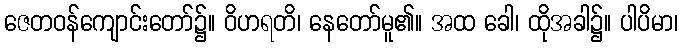
ဇေတဝန်ကျောင်းတော်၌။ ဝိဟရတိ၊ နေတော်မူ၏။ အထ ခေါ၊ ထိုအခါ၌။ ပါပိမာ၊